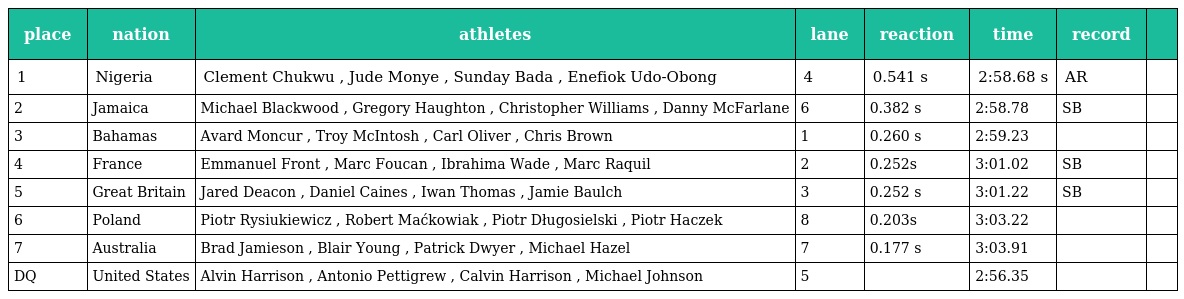
| place | nation | athletes | lane | reaction | time | record |  |
 | --- | --- | --- | --- | --- | --- | --- | --- |
 | 1 | Nigeria | Clement Chukwu , Jude Monye , Sunday Bada , Enefiok Udo-Obong | 4 | 0.541 s | 2:58.68 s | AR |  |
 | 2 | Jamaica | Michael Blackwood , Gregory Haughton , Christopher Williams , Danny McFarlane | 6 | 0.382 s | 2:58.78 | SB |  |
 | 3 | Bahamas | Avard Moncur , Troy McIntosh , Carl Oliver , Chris Brown | 1 | 0.260 s | 2:59.23 |  |  |
 | 4 | France | Emmanuel Front , Marc Foucan , Ibrahima Wade , Marc Raquil | 2 | 0.252s | 3:01.02 | SB |  |
 | 5 | Great Britain | Jared Deacon , Daniel Caines , Iwan Thomas , Jamie Baulch | 3 | 0.252 s | 3:01.22 | SB |  |
 | 6 | Poland | Piotr Rysiukiewicz , Robert Maćkowiak , Piotr Długosielski , Piotr Haczek | 8 | 0.203s | 3:03.22 |  |  |
 | 7 | Australia | Brad Jamieson , Blair Young , Patrick Dwyer , Michael Hazel | 7 | 0.177 s | 3:03.91 |  |  |
 | DQ | United States | Alvin Harrison , Antonio Pettigrew , Calvin Harrison , Michael Johnson | 5 |  | 2:56.35 |  |  |